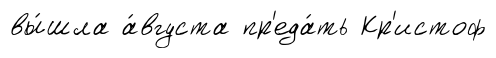
вы́шла а́вгуста пр'еда́ть Кр'истоф